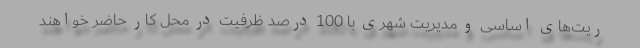
ریت‌های اساسی و مدیریت شهری با 100 درصد ظرفیت در محل کار حاضر خواهند